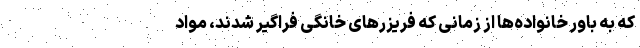
که به باور خانواده‌ها از زمانی که فریزرهای خانگی فراگیر شدند، مواد